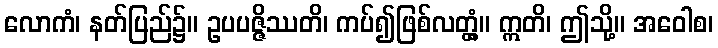
လောကံ၊ နတ်ပြည်၌။ ဥပပဇ္ဇိဿတိ၊ ကပ်၍ဖြစ်လတ္တံ့။ ဣတိ၊ ဤသို့။ အဝေါစ၊